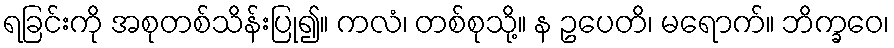
ရခြင်းကို အစုတစ်သိန်းပြု၍။ ကလံ၊ တစ်စုသို့။ န ဥပေတိ၊ မရောက်။ ဘိက္ခဝေ၊